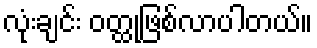
လုံးချင်း ဝတ္ထုဖြစ်လာပါတယ်။